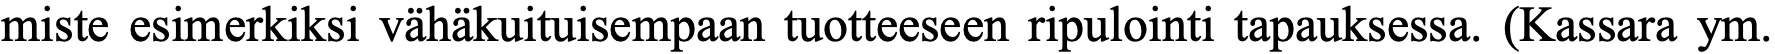
miste esimerkiksi vähäkuituisempaan tuotteeseen ripulointi tapauksessa. (Kassara ym.